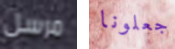
مرسل جعلونا